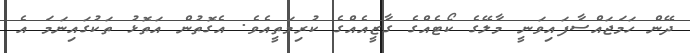
ދޭން ހަމަޖައްސާފައިވަނީ މާލޭގެ ކޯޓެއްގެ ގާޒީއެއްގެ ކުރިިމަތީއެވެ. އެގޮތުން އަތޮޅު ތަކުގައިނަމަ އެ